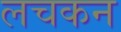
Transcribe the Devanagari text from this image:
लचकन